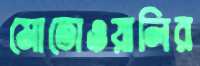
মোতোওয়ালির